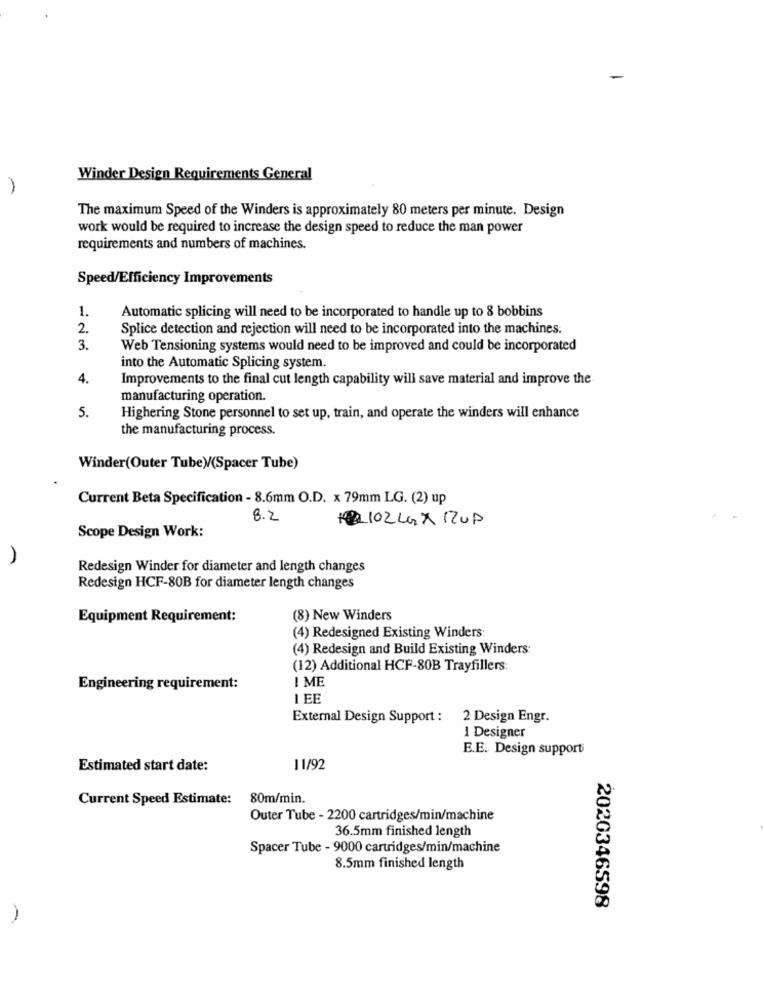
Winder Design Requirements General
The maximum Speed of the Winders is approximately 80 meters per minute. Design
work would be required to increase the design speed to reduce the man power
requirements and numbers of machines.
Speed/Efficiency Improvements
1.
Automatic splicing will need to be incorporated to handle up to 8 bobbins
2.
Splice detection and rejection will need to be incorporated into the machines.
3.
Web Tensioning systems would need to be improved and could be incorporated
into the Automatic Splicing system.
4.
Improvements to the final cut length capability will save material and improve the
manufacturing operation.
5.
Highering Stone personnel to set up, train, and operate the winders will enhance
the manufacturing process.
Winder(Outer Tube)/(Spacer Tube)
Current Beta Specification - 8.6mm O.D. x 79mm LG. (2) up
8.2
+0102 LAX RUP
Scope Design Work:
Redesign Winder for diameter and length changes
Redesign HCF-80B for diameter length changes
Equipment Requirement:
(8) New Winders
(4) Redesigned Existing Winders:
(4) Redesign and Build Existing Winders:
(12) Additional HCF-80B Trayfillers:
I ME
Engineering requirement:
1 EE
External Design Support : 2 Design Engr.
1 Designer
E.E. Design supporti
Estimated start date:
11/92
Current Speed Estimate:
80m/min.
Outer Tube - 2200 cartridges/min/machine
36.5mm finished length
Spacer Tube - 9000 cartridges/min/machine
8.5mm finished length
2020346598
-